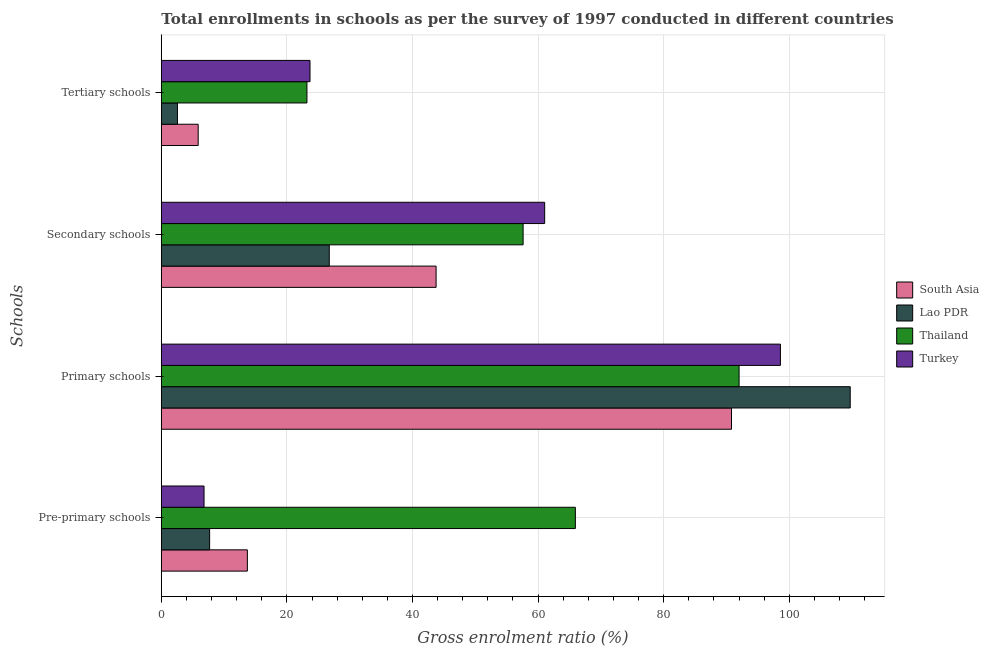
| Schools | South Asia | Lao PDR | Thailand | Turkey |
 | --- | --- | --- | --- | --- |
 | Pre-primary schools | 13.7 | 7.69 | 65.9 | 6.8 |
 | Primary schools | 90.8 | 110 | 92 | 98.6 |
 | Secondary schools | 43.8 | 26.7 | 57.6 | 61.1 |
 | Tertiary schools | 5.87 | 2.57 | 23.2 | 23.7 |